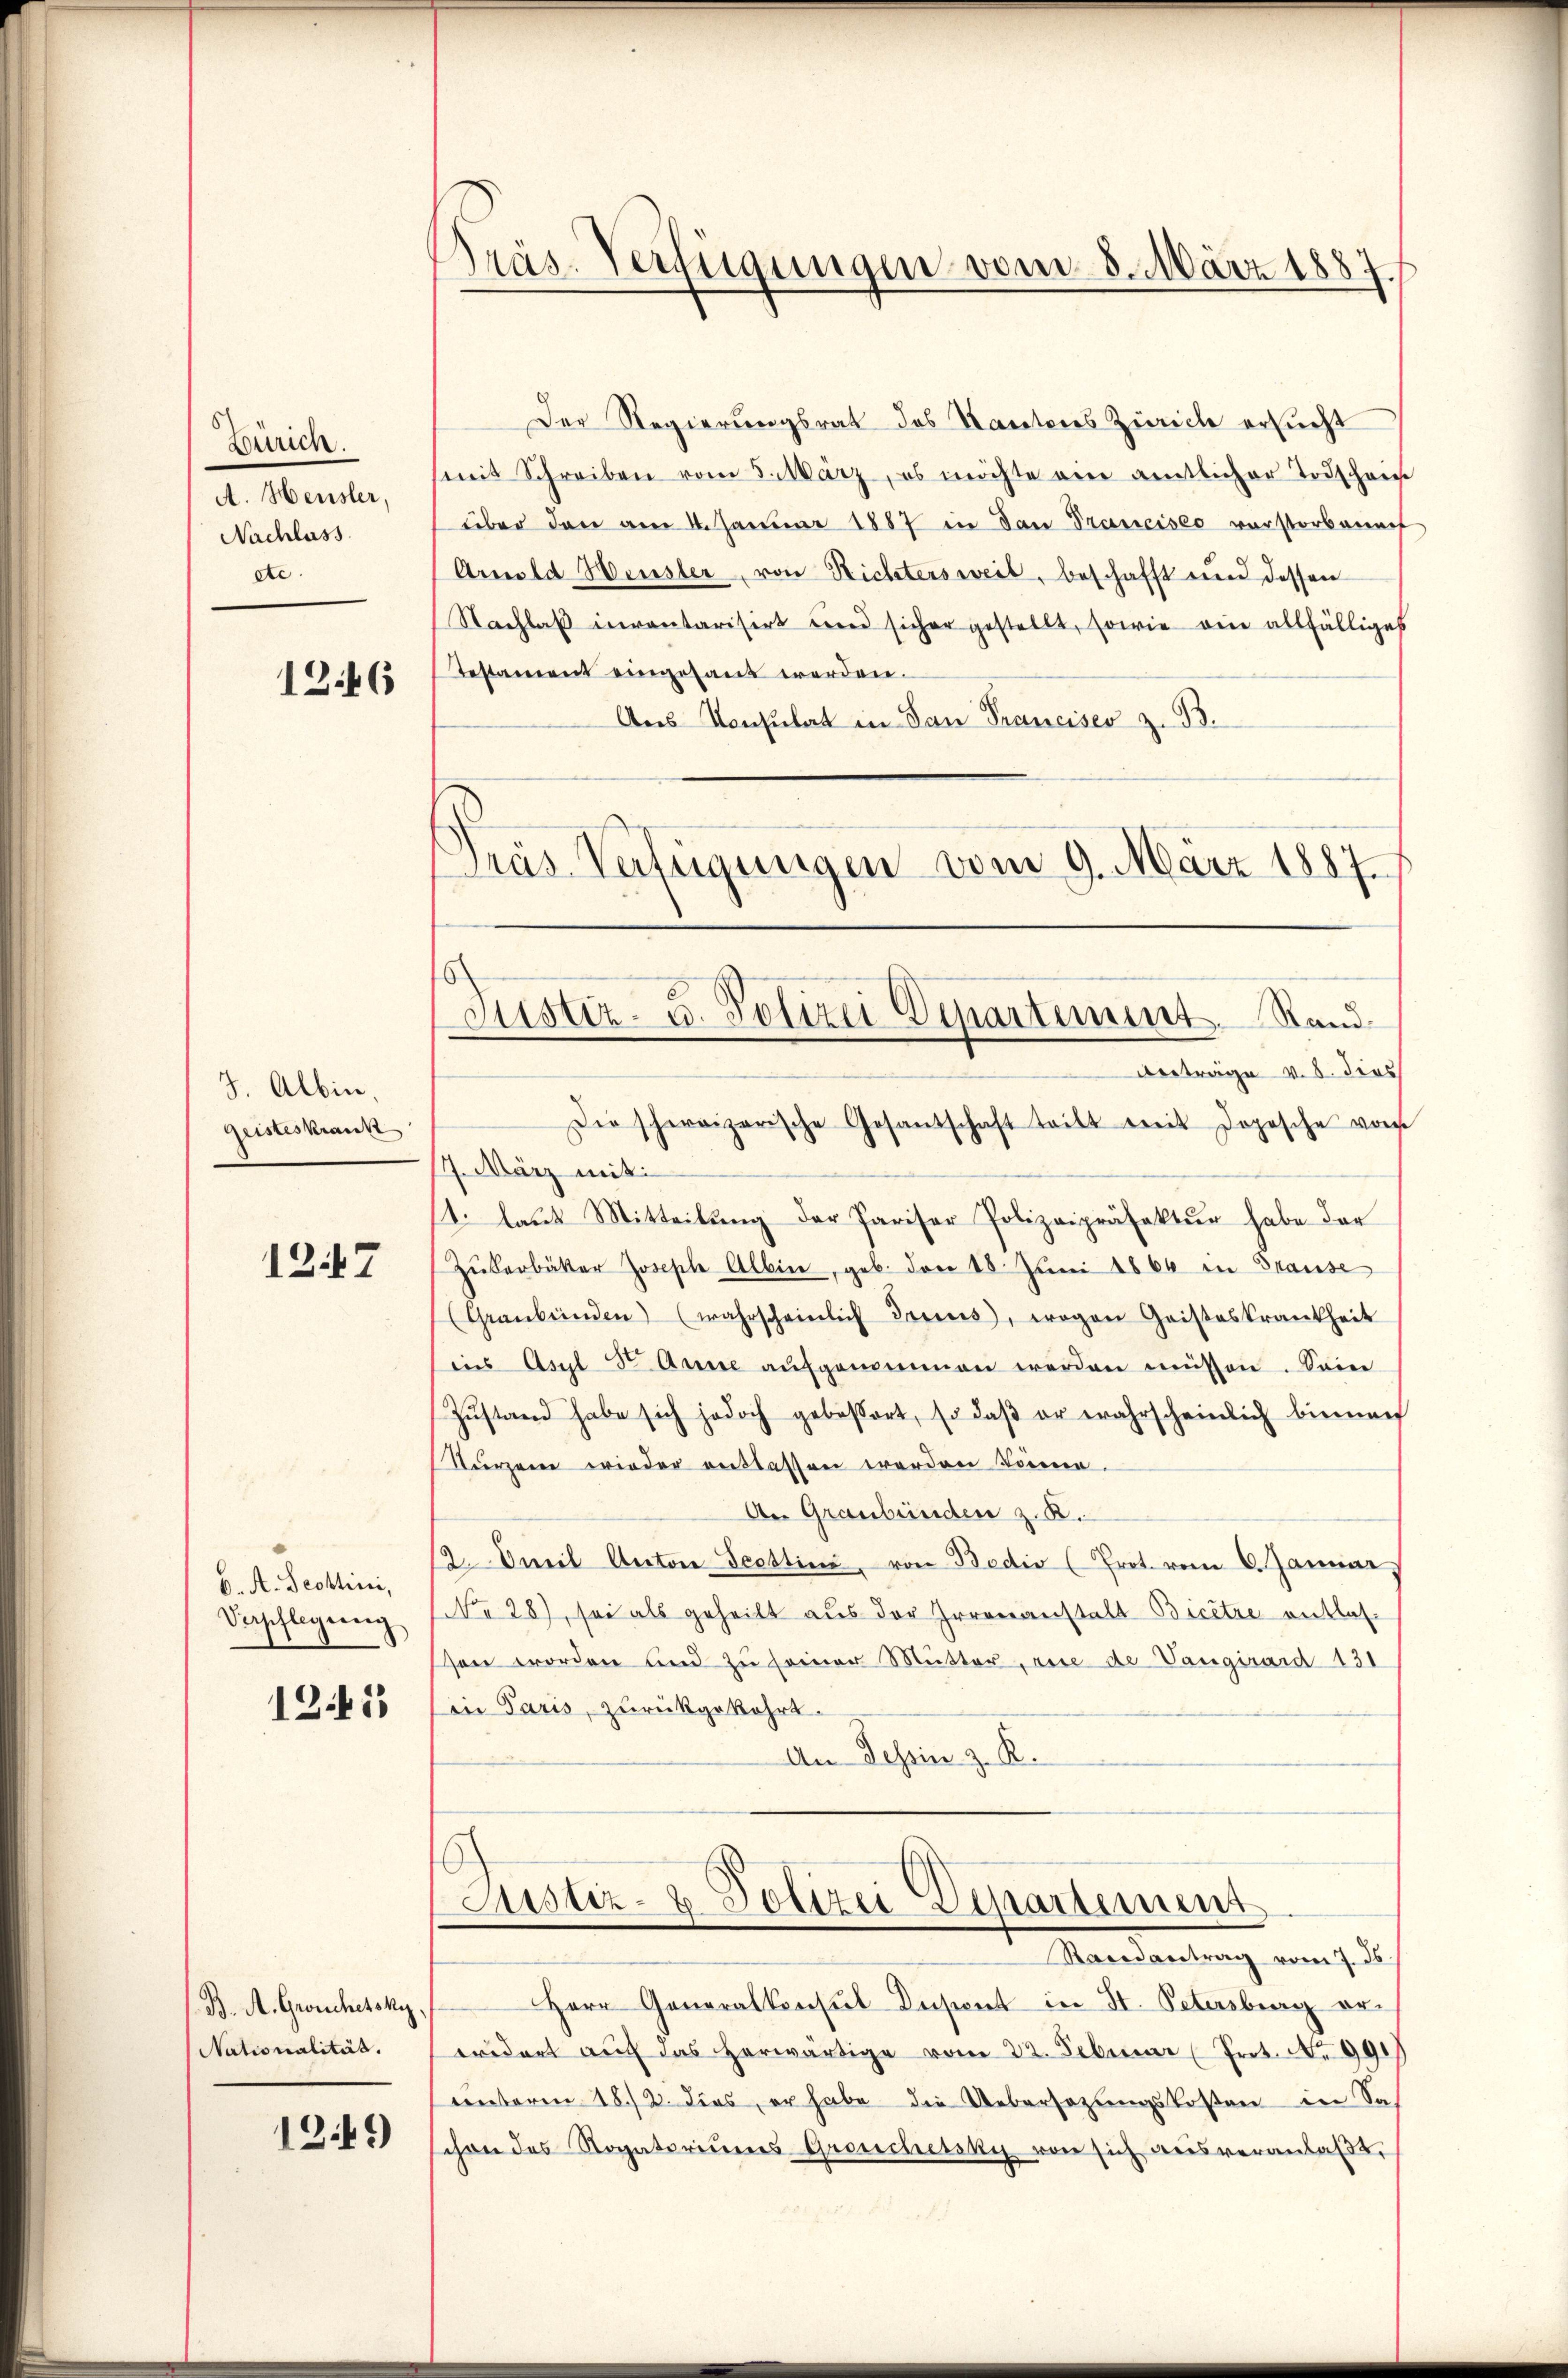
Zürich.
A. Heusler,
Nachlass
etc.

1246

J. Albin,
Geisteskrank

1247

b. A. Deottini,
Siepflegung.

1245

B. A. Grouchetsky,
Nationalität.

1249)

Präs. Verfügungen vom 8. März 1887.

Der Regierungsrat des Kantons Zürich ersucht
mit Schreiben vom 5. März, es möchte am amtlicher Todschan
über den am 4. Januar 1887 in dan Prancisco vorstorbenach
Arnold Weister, von Richtersweil, beschafft und dessen
Nachlaβ inventarisirt und sicher gestellt, sowie ein allfälliges
Testament eingesant werden.
Ans Konsulat in dan Francises z. B.
Träs Verfügungen vom 9. März 1887

Justiz- u. Polizei Departement. Rand¬
Verträge v. 8. dies
Die schweizerische Gesantschaft teilt mit Dopische vom

17. März mit:
11. laŭt Mitteilŭng der Pariser Polizeipräfektur habe der
Zŭkerbäter Joseph Albin, geb. von 18. Juni 1864 in Grause
(Graubünden (wahrscheinlich Tries, wogen Geisteskrankheit
ins Asyl Dr. Arme aŭfgenommen werden müssen. Seine
Zŭstand habe sich jedoch gebossert, so daβ er wahrscheinlich binnen
Sturzen wieder entlassen werden könne.
An Graubünden z. B.
2. Freil Anton Scottini, von Badio (Prot. vom 6. Januar
NNNo 28), sei als geheilt aus der Irrenanstalt Bicêtre entlas-
ssen worden und zu seiner Mutter, rise de Vaugirard 131
iie Paris, zurückgekehrt.
An Tessin z. R.
Justiz- & Polizei Departement
Randantrag vom 7. ds.
Herr Generalkonsul Insint in St. Petersburg erwidert aŭf das herwärtige vom 22. Februar (Prot. Nr. 991)
centoren 18./2. dies, er habe die Uebersezungskosten in Sa
chon des Rogatoriums Groschetsky von sich aus veranlaßt,